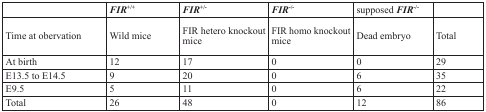
<table><thead><tr><td></td><td><b><i>FIR</i><sup>+/+</sup></b></td><td><b><i>FIR</i><sup>+/−</sup></b></td><td><b><i>FIR</i><sup>−/−</sup></b></td><td><b>supposed <i>FIR</i><sup>−/−</sup></b></td><td></td></tr></thead><tbody><tr><td>Time at obervation</td><td>Wild mice</td><td>FIR hetero knockout mice</td><td>FIR homo knockout mice</td><td>Dead embryo</td><td>Total</td></tr><tr><td>At birth</td><td>12</td><td>17</td><td>0</td><td>0</td><td>29</td></tr><tr><td>E13.5 to E14.5</td><td>9</td><td>20</td><td>0</td><td>6</td><td>35</td></tr><tr><td>E9.5</td><td>5</td><td>11</td><td>0</td><td>6</td><td>22</td></tr><tr><td>Total</td><td>26</td><td>48</td><td>0</td><td>12</td><td>86</td></tr></tbody></table>